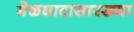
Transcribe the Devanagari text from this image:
मेळघाटासारख्या